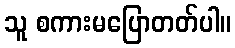
သူ စကားမပြောတတ်ပါ။